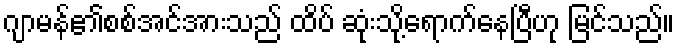
ဂျာမန်၏စစ်အင်အားသည် ထိပ် ဆုံးသို့ရောက်နေပြီဟု မြင်သည်။